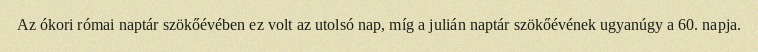
Az ókori római naptár szökőévében ez volt az utolsó nap, míg a julián naptár szökőévének ugyanúgy a 60. napja.